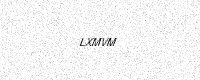
Text: LXMVM